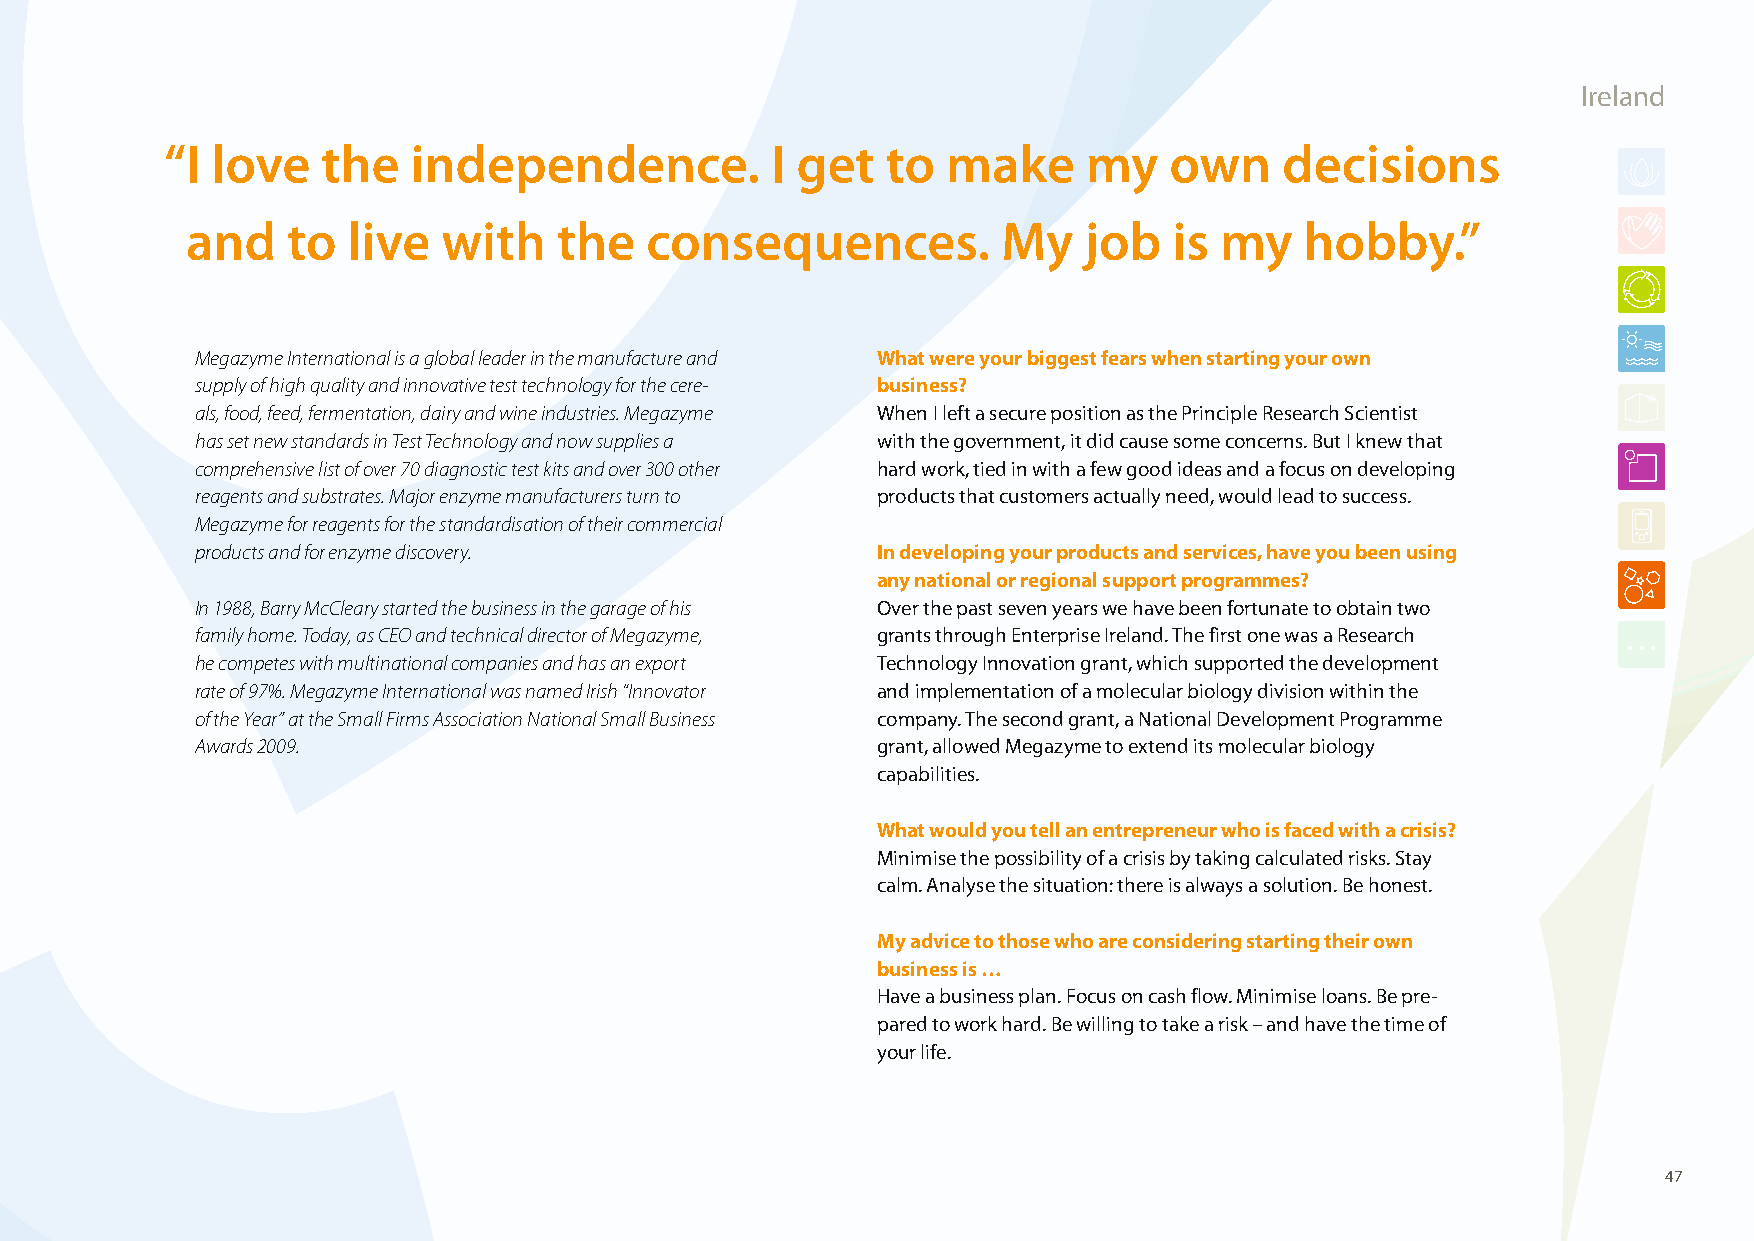
Ireland
 “ I love  the   independence.           I get   to  make     my   own     decisions
 and    to  live  with    the   consequences.          My    job   is my   hobby.”
 Megazyme International is a global leader in the manufacture and What were your biggest fears when starting your own
 supply of high quality and innovative test technology for the cere- business?
 als, food, feed, fermentation, dairy and wine industries. Megazyme When I left a secure position as the Principle Research Scientist
 has set new standards in Test Technology and now supplies a with the government, it did cause some concerns. But I knew that
 comprehensive list of over 70 diagnostic test kits and over 300 other hard work, tied in with a few good ideas and a focus on developing
 reagents and substrates. Major enzyme manufacturers turn to products that customers actually need, would lead to success.
 Megazyme for reagents for the standardisation of their commercial
 products and for enzyme discovery.           In developing your products and services, have you been using
 any national or regional support programmes?
 In 1988, Barry McCleary started the business in the garage of his Over the past seven years we have been fortunate to obtain two
 family home. Today, as CEO and technical director of Megazyme, grants through Enterprise Ireland. The first one was a Research
 he competes with multinational companies and has an export Technology Innovation grant, which supported the development
 rate of 97%. Megazyme International was named Irish “Innovator and implementation of a molecular biology division within the
 of the Year” at the Small Firms Association National Small Business company. The second grant, a National Development Programme
 Awards 2009.                                 grant, allowed Megazyme to extend its molecular biology
 capabilities.
 What would you tell an entrepreneur who is faced with a crisis?
 Minimise the possibility of a crisis by taking calculated risks. Stay
 calm. Analyse the situation: there is always a solution. Be honest.
 My advice to those who are considering starting their own
 business is …
 Have a business plan. Focus on cash flow. Minimise loans. Be pre-
 pared to work hard. Be willing to take a risk – and have the time of
 your life.
 47
 100426_SMEweek_broch_A4quer_hw.indd 47                                                                   27.04.2010 9:14:02 Uhr